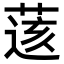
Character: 𦷷